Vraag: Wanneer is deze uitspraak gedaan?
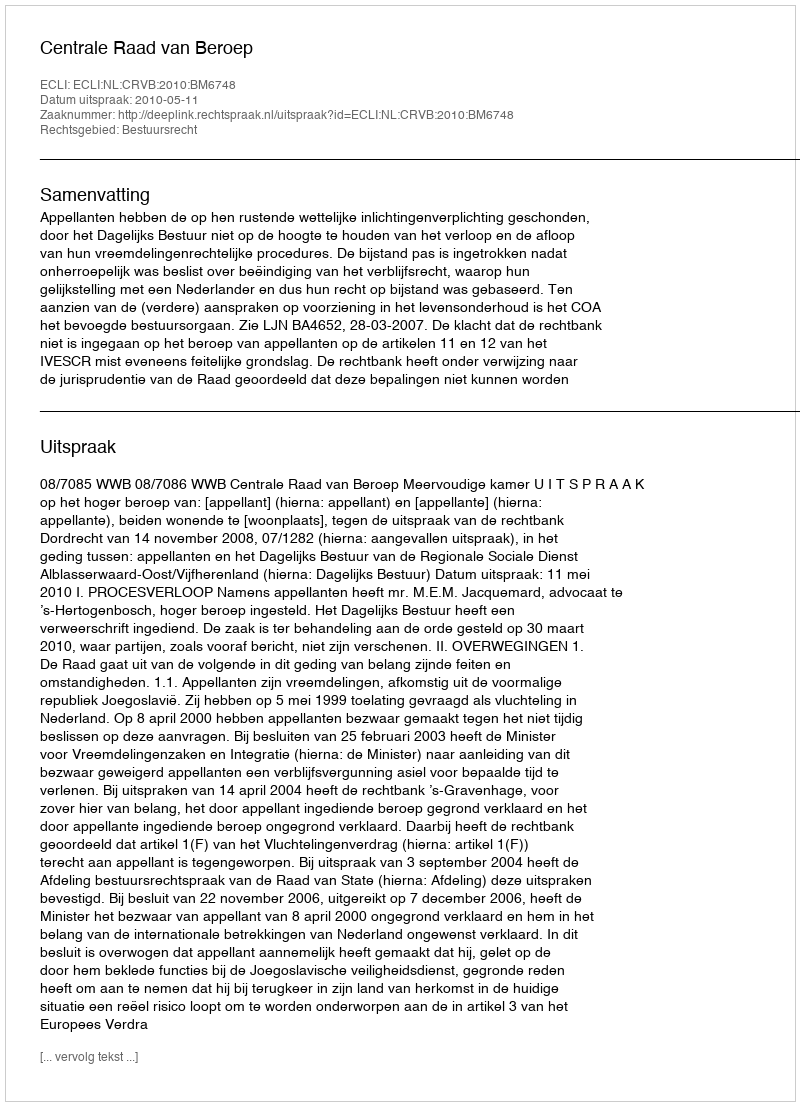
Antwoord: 2010-05-11